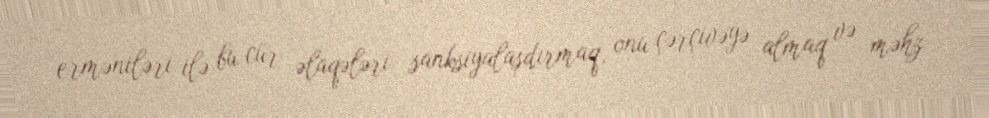
erməniləri ilə bu cür əlaqələri sanksiyalaşdırmaq, onu çərçivəyə almaq və məhz